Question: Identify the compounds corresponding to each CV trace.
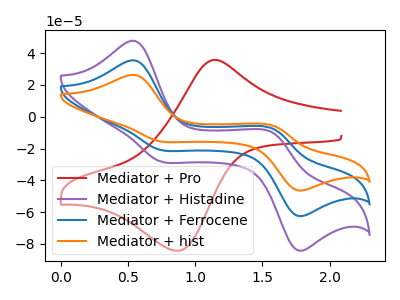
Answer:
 <answer>The red curve is labeled "Mediator + Pro". The purple curve is labeled "Mediator + Histadine". The blue curve is labeled "Mediator + Ferrocene". The orange curve is labeled "Mediator + hist".</answer>
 <eval></eval>